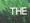
the